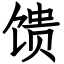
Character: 馈